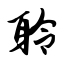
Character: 聆